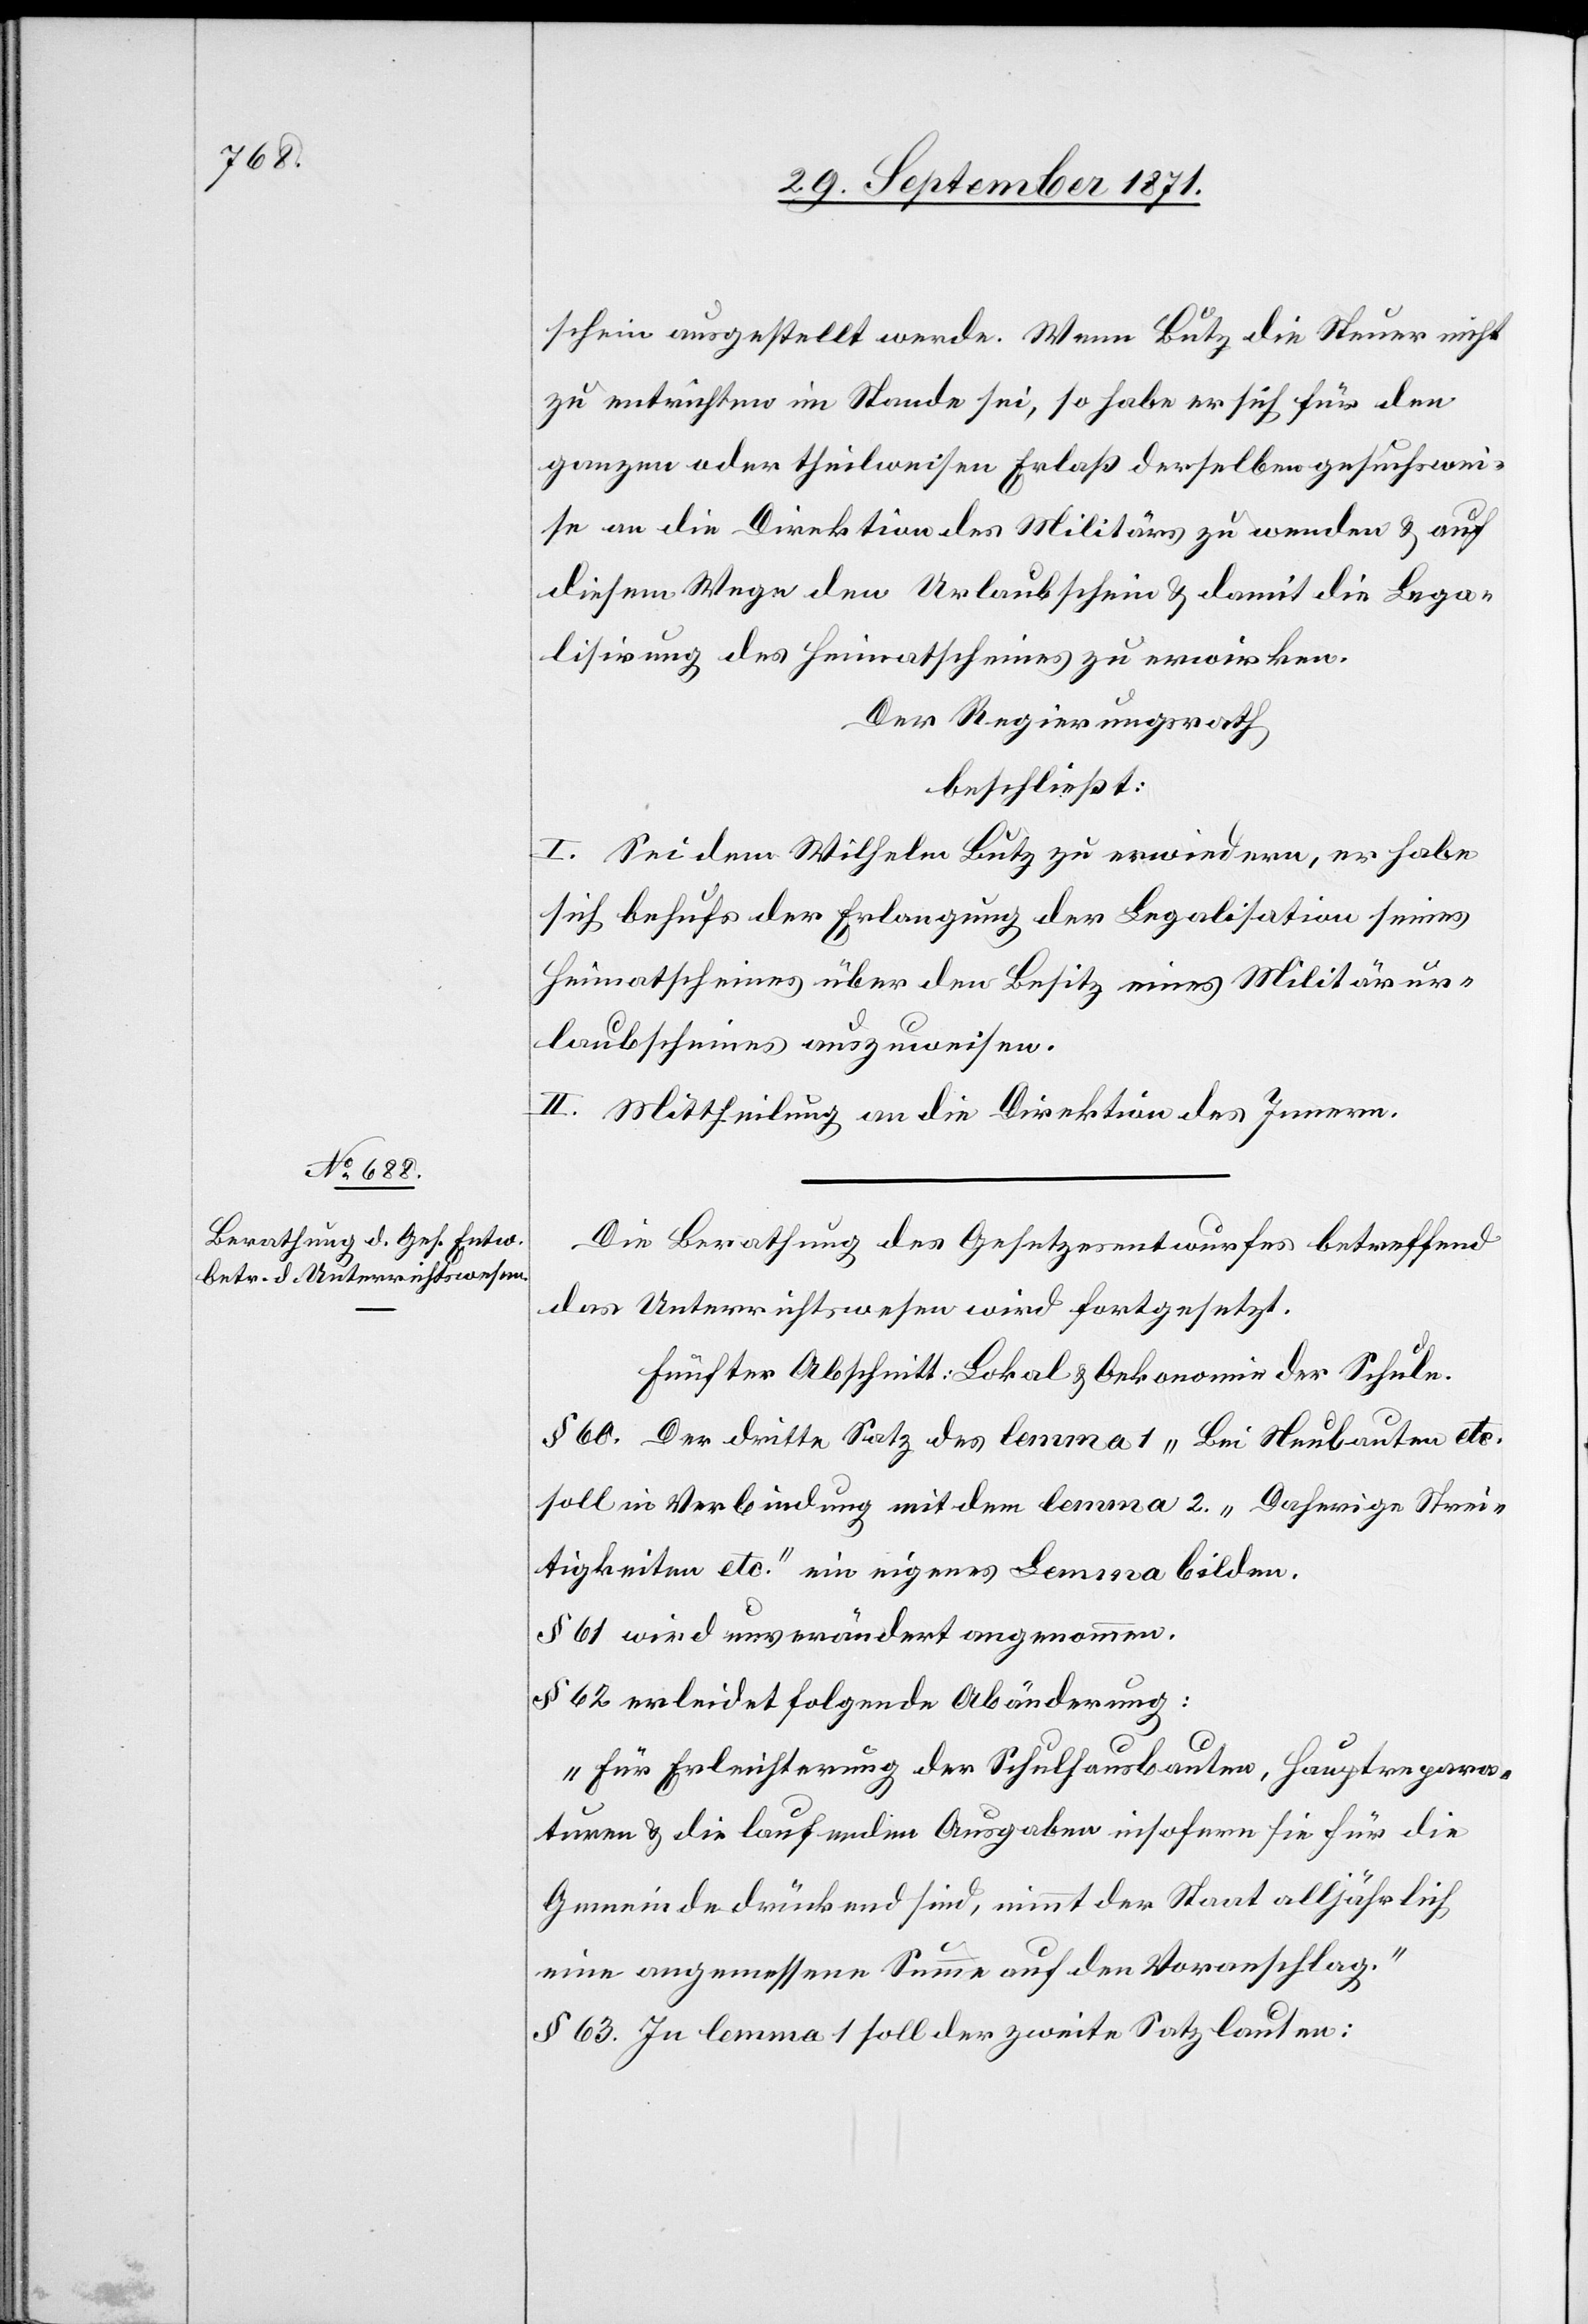
schein ausgestellt werde. Wenn Butz die Steuer nicht
zu entrichten im Stande sei, so habe er sich für den
ganzen oder theilweisen Erlaß derselben gesuchswei¬
se an die Direktion des Militärs zu wenden & auf
diesem Wege den Urlaubschein & damit die Lega¬
lisirung des Heimatscheines zu erwirken.
Der Regierungsrath
beschließt:
I. Sei dem Wilhelm Butz zu erwiedern, er habe
sich behufs der Erlangung der Legalisation seines
Heimatscheines über den Besitz eines Militärur¬
laubscheines auszuweisen.
II. Mittheilung an die Direktion des Innern.
Die Berathung des Gesetzesentwurfes betreffend
das Unterrichtswesen wird fortgesetzt.
Fünfter Abschnitt: Lokal & Oekonomie der Schule.
§ 60. Der dritte Satz des lemma 1 „Bei Neubauten etc.[“]
soll in Verbindung mit dem lemma 2. „Daherige Strei¬
tigkeiten etc.“ ein eigenes Lemma bilden.
§ 61 wird unverändert angenommen.
§ 62 erleidet folgende Abänderung:
„Für Erleichterung der Schulhausbauten, Hauptrepara¬
turen & die laufenden Ausgaben insofern sie für die
Gemeinde drückend sind, nimmt der Staat alljährlich
eine angemessene Summe auf den Voranschlag.“
§ 63. In lemma 1 soll der zweite Satz lauten: